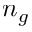
n _ { g }